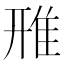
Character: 雃